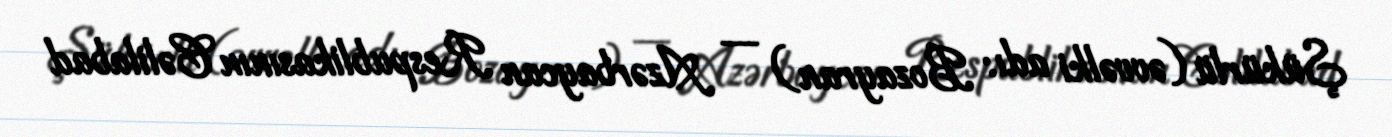
Şükürlü (əvvəlki adı: Bozayran) — Azərbaycan Respublikasının Cəlilabad